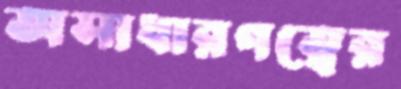
অসাধারণত্বের